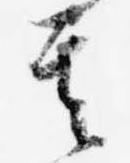
其